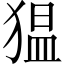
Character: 𱮋